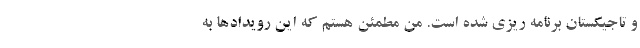
و تاجیکستان برنامه ریزی شده است. من مطمئن هستم که این رویدادها به